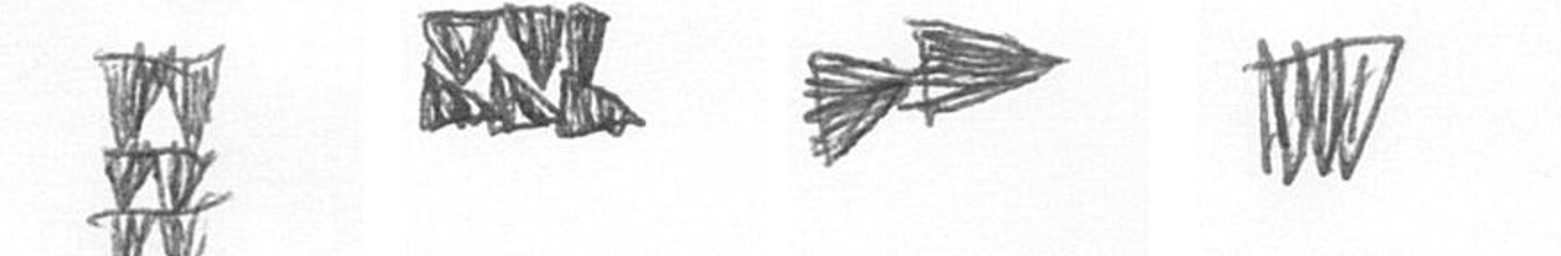
Y D A L